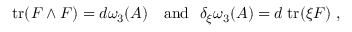
\mathrm { t r } ( F \wedge F ) = d \omega _ { 3 } ( A ) \ \ \ \mathrm { a n d } \ \ \delta _ { \xi } \omega _ { 3 } ( A ) = d \; \mathrm { t r } ( \xi F ) \ ,